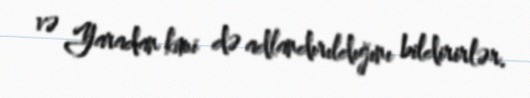
və Yaradan kimi də adlandırıldığını bildirirlər.